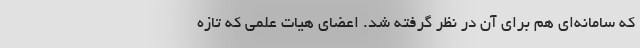
که سامانه‌ای هم برای آن در نظر گرفته شد. اعضای هیات علمی که تازه